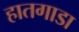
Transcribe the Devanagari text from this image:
हातगाडा